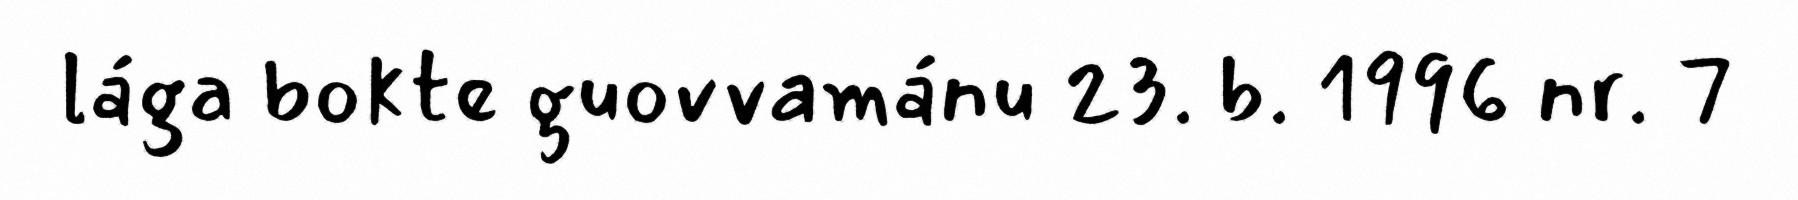
lága bokte guovvamánu 23. b. 1996 nr. 7